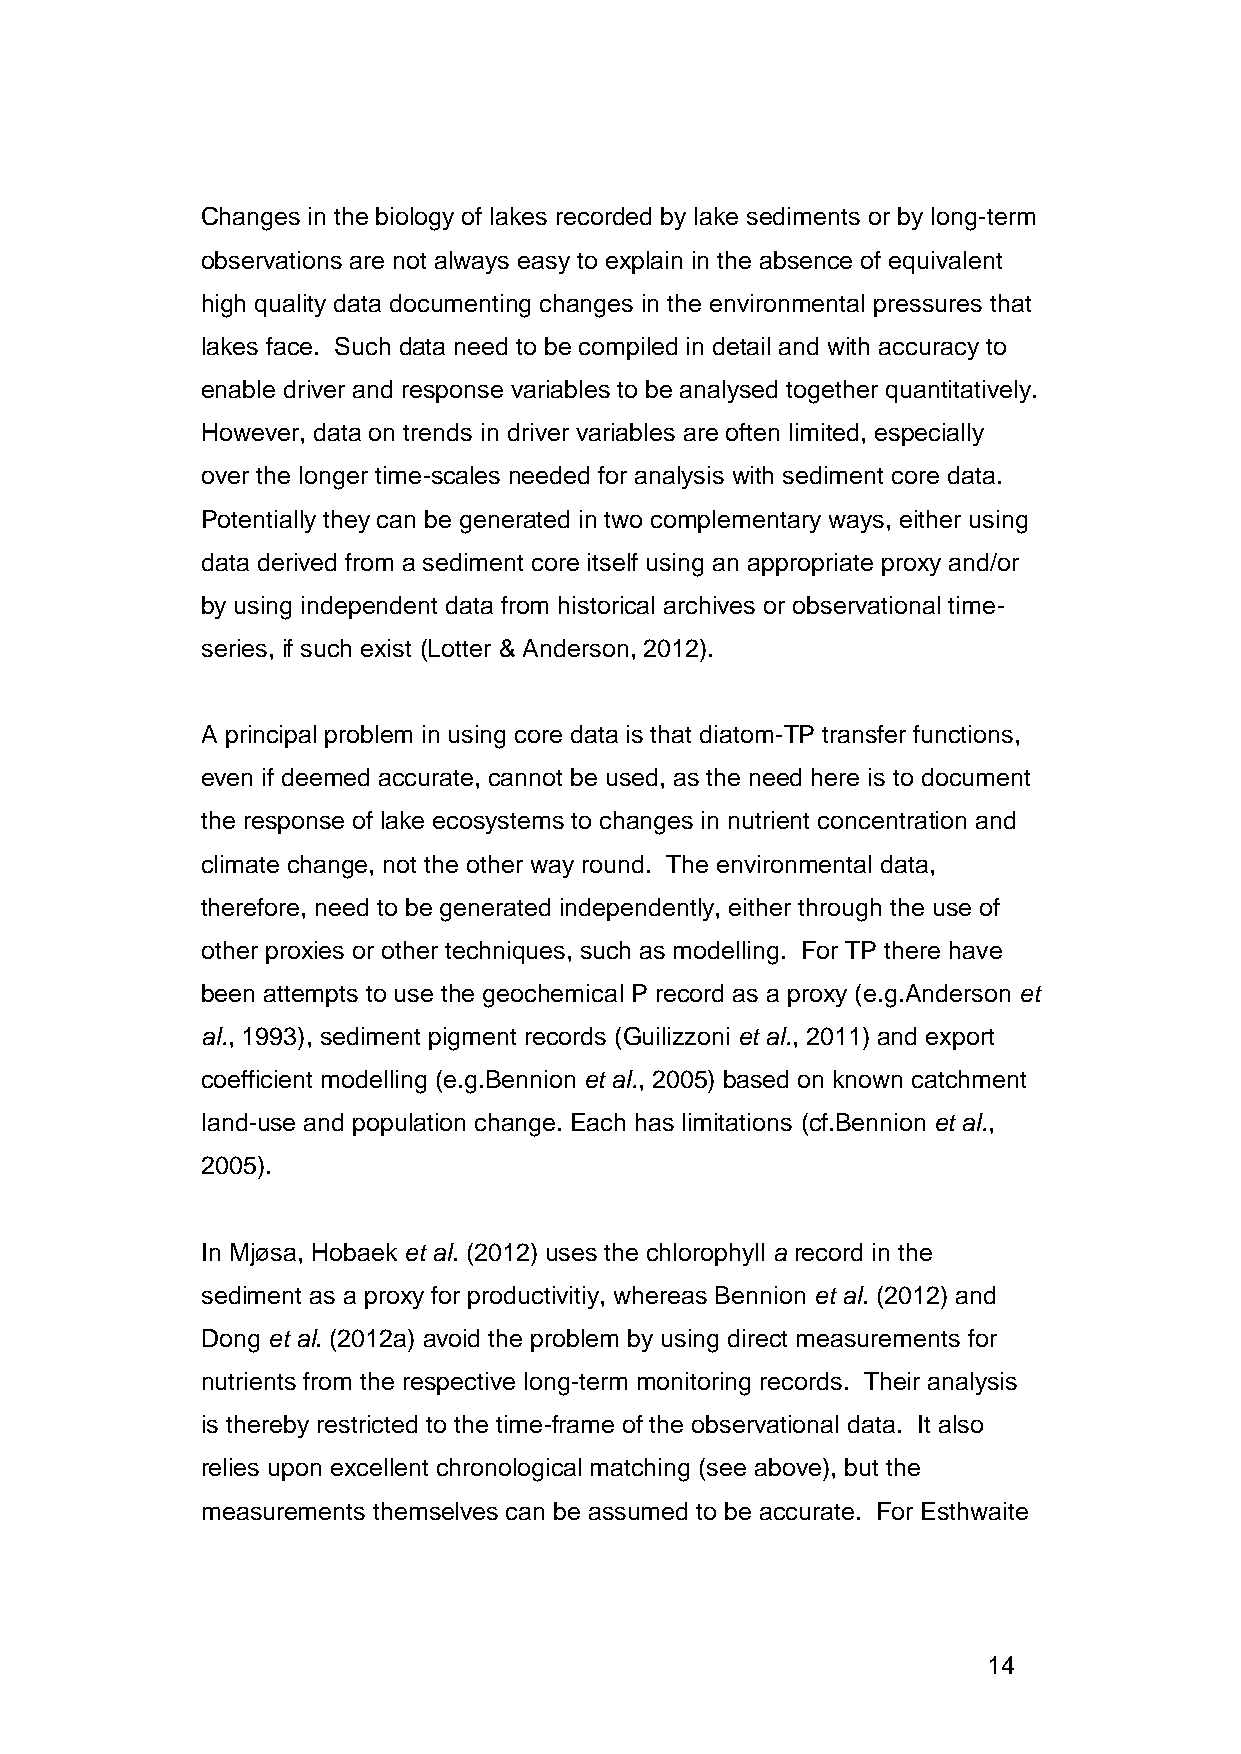
Changes in the biology of lakes recorded by lake sediments or by long-term
 observations are not always easy to explain in the absence of equivalent
 high quality data documenting changes in the environmental pressures that
 lakes face. Such data need to be compiled in detail and with accuracy to
 enable driver and response variables to be analysed together quantitatively.
 However, data on trends in driver variables are often limited, especially
 over the longer time-scales needed for analysis with sediment core data.
 Potentially they can be generated in two complementary ways, either using
 data derived from a sediment core itself using an appropriate proxy and/or
 by using independent data from historical archives or observational time-
 series, if such exist (Lotter & Anderson, 2012).
 A principal problem in using core data is that diatom-TP transfer functions,
 even if deemed accurate, cannot be used, as the need here is to document
 the response of lake ecosystems to changes in nutrient concentration and
 climate change, not the other way round. The environmental data,
 therefore, need to be generated independently, either through the use of
 other proxies or other techniques, such as modelling. For TP there have
 been attempts to use the geochemical P record as a proxy (e.g.Anderson et
 al., 1993), sediment pigment records (Guilizzoni et al., 2011) and export
 coefficient modelling (e.g.Bennion et al., 2005) based on known catchment
 land-use and population change. Each has limitations (cf.Bennion et al.,
 2005).
 In Mjøsa, Hobaek et al. (2012) uses the chlorophyll a record in the
 sediment as a proxy for productivitiy, whereas Bennion et al. (2012) and
 Dong et al. (2012a) avoid the problem by using direct measurements for
 nutrients from the respective long-term monitoring records. Their analysis
 is thereby restricted to the time-frame of the observational data. It also
 relies upon excellent chronological matching (see above), but the
 measurements themselves can be assumed to be accurate. For Esthwaite
 14